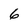
Character: 6